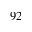
9 2